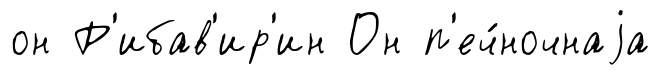
он Р'ибав'ир'ин Он п'еч́ночнаjа